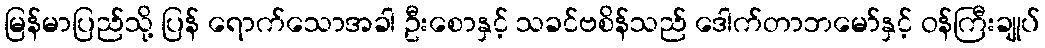
မြန်မာပြည်သို့ ပြန် ရောက်သောအခါ ဦးစောနှင့် သခင်ဗစိန်သည် ဒေါက်တာဘမော်နှင့် ဝန်ကြီးချုပ်